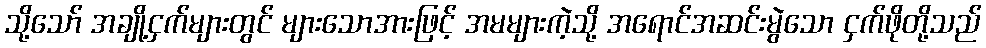
သို့သော် အချို့ငှက်များတွင် များသောအားဖြင့် အမများကဲ့သို့ အရောင်အဆင်းမွဲသော ငှက်ဖိုတို့သည်